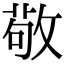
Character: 敬